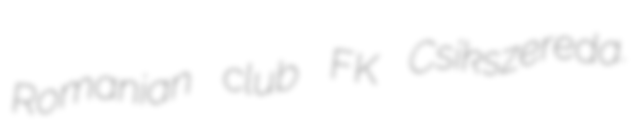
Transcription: Romanian club FK Csíkszereda.